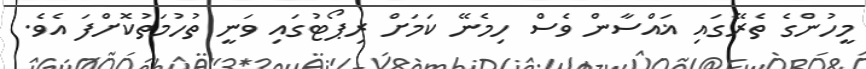
މީހުންގެ ތެރޭގައި ޣައްސާން ވެސް ހިމެނޭ ކަމަށް ރިޕޯޓުގައި ވަނީ ތުހުމަތުކޮށްފަ އެވެ.